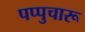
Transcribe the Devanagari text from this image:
पप्पुचारू